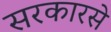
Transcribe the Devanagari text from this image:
सरकारसे